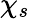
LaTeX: \chi_{s}